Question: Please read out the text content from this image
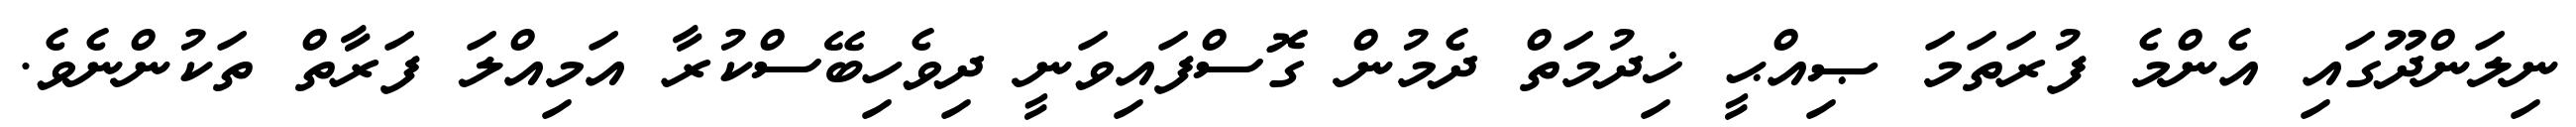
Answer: ނިލަންދޫގައި އެންމެ ފުރަތަމަ ޞިއްޙީ ޚިދުމަތް ދެމުން ގޮސްފައިވަނީ ދިވެހިބޭސްކުރާ އަމިއްލަ ފަރާތް ތަކުންނެވެ.